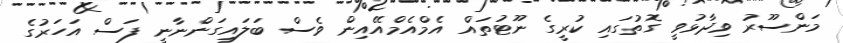
މަންސޫރު ވިދާޅުވީ ގޮތުގައި ކުރީގެ ނޫޓުތައް އެމްއެމްއޭއިން ވެސް ބަލައިގަންނާނީ ފަސް އަހަރުގެ